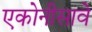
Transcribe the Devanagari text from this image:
एकोनीसावे